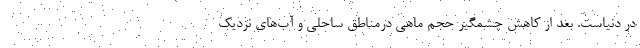
در دنیاست. بعد از کاهش چشمگیر حجم ماهی درمناطق ساحلی و آب‌های نزدیک